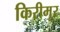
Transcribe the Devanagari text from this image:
किरीमूर